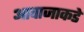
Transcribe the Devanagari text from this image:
आवाजाकडे